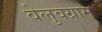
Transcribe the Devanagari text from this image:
वेलुवग्राम